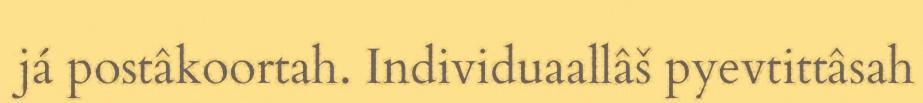
já postâkoortah. Individuaallâš pyevtittâsah